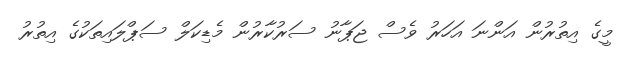
މީގެ އިތުރުން އަންނަ އަހަރު ވެސް ޖަޕާނު ސަރުކާރުން މެޑިކަލް ސަޕްލައިތަކުގެ އިތުރު